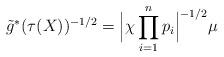
LaTeX: \begin{align*} \tilde{g} ^* ( \tau (X) )^{-1/2} = \Bigl| \chi \prod_{i=1}^{n} p_i \Bigr|^{-1/2} \mu\end{align*}